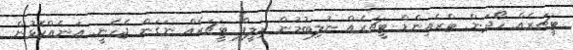
ޓީޗަރެއް ހޯދަން. ޓްރެއިންޑް ޓީޗަރެއް ނުލިބުމުން ރިލީފް ޓީޗަރެއް ނަގަން ޖެހެނީ. އަނެއްކޮޅުން